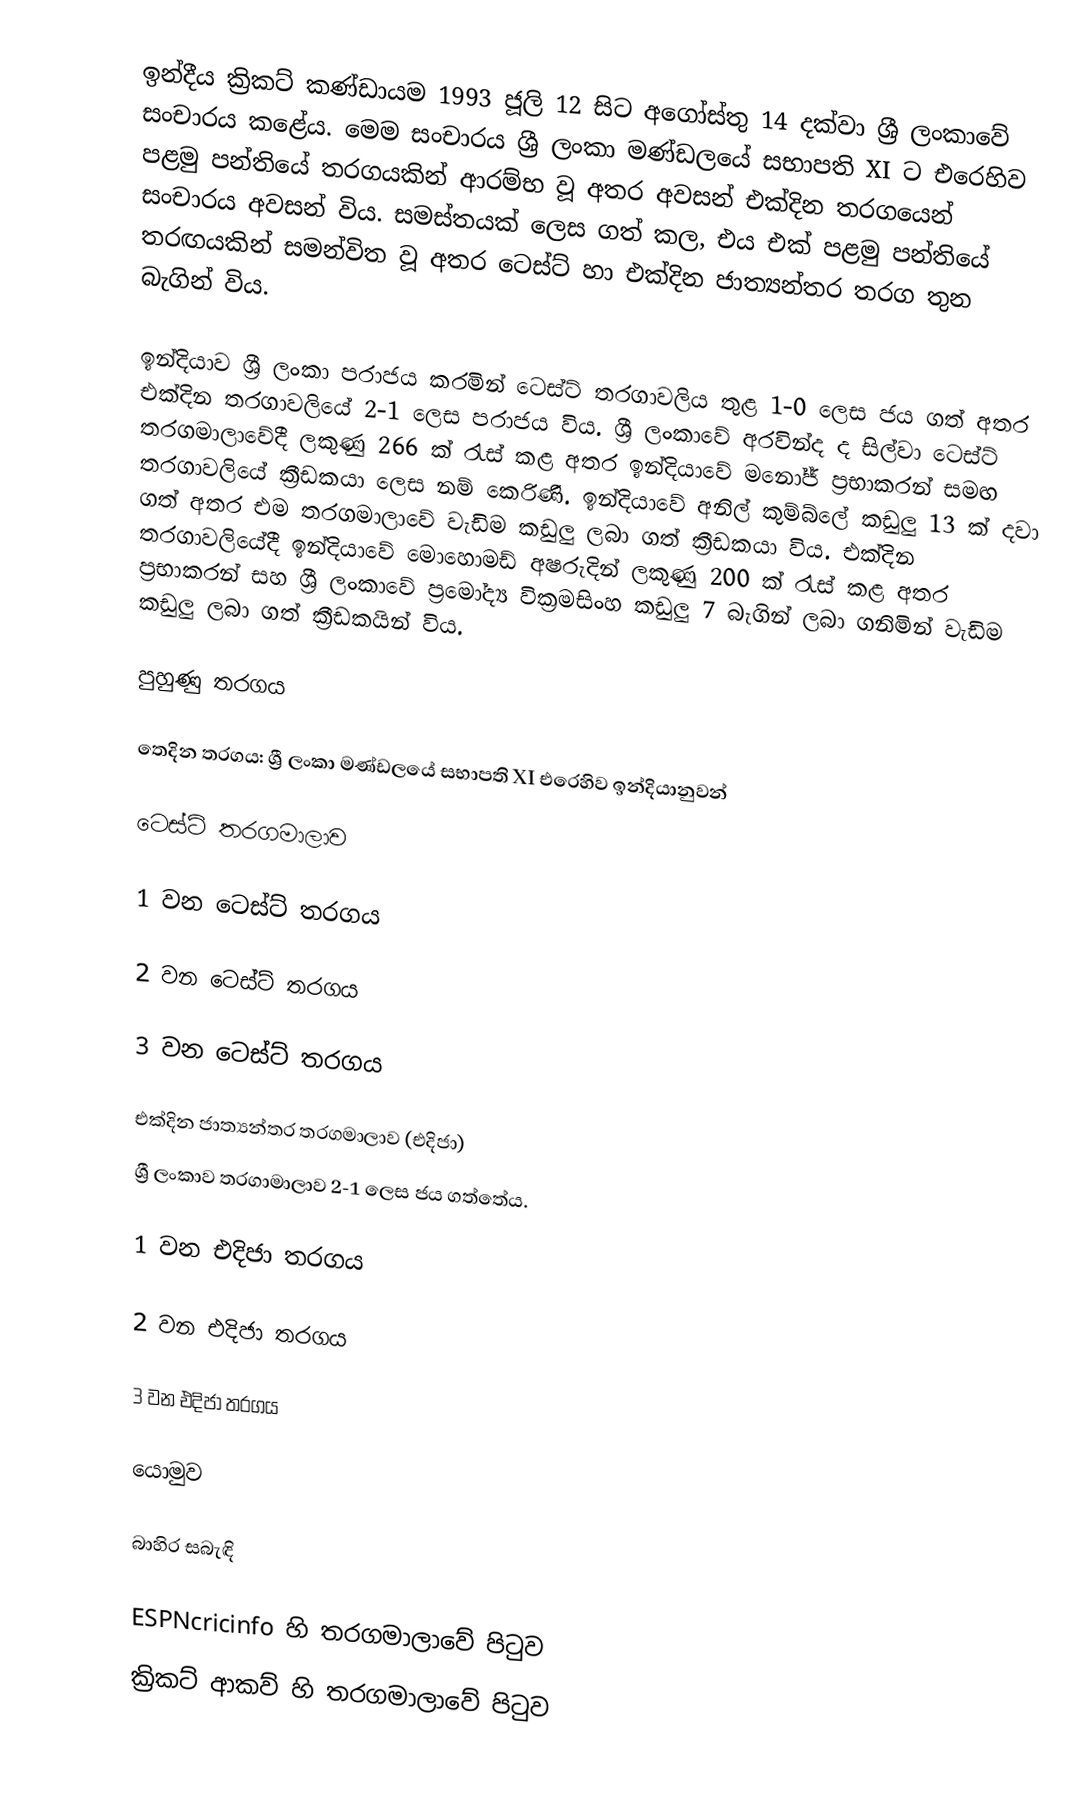
ඉන්දීය ක්‍රිකට් කණ්ඩායම 1993 ජූලි 12 සිට අගෝස්තු 14 දක්වා ශ්‍රී ලංකාවේ සංචාරය කළේය. මෙම සංචාරය ශ්‍රී ලංකා මණ්ඩලයේ සභාපති XI ට එරෙහිව පළමු පන්තියේ තරගයකින් ආරම්භ වූ අතර අවසන් එක්දින තරගයෙන් සංචාරය අවසන් විය. සමස්තයක් ලෙස ගත් කල, එය එක් පළමු පන්තියේ තරඟයකින් සමන්විත වූ අතර ටෙස්ට් හා එක්දින ජාත්‍යන්තර තරග තුන බැගින් විය.

ඉන්දියාව ශ්‍රී ලංකා පරාජය කරමින් ටෙස්ට් තරගාවලිය තුළ 1-0 ලෙස ජය ගත් අතර එක්දින තරගාවලියේ 2-1 ලෙස පරාජය විය. ශ්‍රී ලංකාවේ අරවින්ද ද සිල්වා ටෙස්ට් තරගමාලාවේදී ලකුණු 266 ක් රැස් කළ අතර ඉන්දියාවේ මනෝජ් ප්‍රභාකරන් සමඟ තරගාවලියේ ක්‍රීඩකයා ලෙස නම් කෙරිණි. ඉන්දියාවේ අනිල් කුම්බ්ලේ කඩුලු 13 ක් දවා ගත් අතර එම තරගමාලාවේ වැඩිම කඩුලු ලබා ගත් ක්‍රීඩකයා විය. එක්දින තරගාවලියේදී ඉන්දියාවේ මොහොමඩ් අෂරුදින් ලකුණු 200 ක් රැස් කළ අතර ප්‍රභාකරන් සහ ශ්‍රී ලංකාවේ ප්‍රමෝද්‍ය වික්‍රමසිංහ කඩුලු 7 බැගින් ලබා ගනිමින් වැඩිම කඩුලු ලබා ගත් ක්‍රීඩකයින් විය.

පුහුණු තරගය

තෙදින තරගය: ශ්‍රී ලංකා මණ්ඩලයේ සභාපති XI එරෙහිව ඉන්දියානුවන්

ටෙස්ට් තරගමාලාව

1 වන ටෙස්ට් තරගය

2 වන ටෙස්ට් තරගය

3 වන ටෙස්ට් තරගය

එක්දින ජාත්‍යන්තර තරගමාලාව (එදිජා)
ශ්‍රී ලංකාව තරගාමාලාව 2-1 ලෙස ජය ගත්තේය.

1 වන එදිජා තරගය

2 වන එදිජා තරගය

3 වන එදිජා තරගය

යොමුව

බාහිර සබැඳි

 ESPNcricinfo හි තරගමාලාවේ පිටුව
 ක්‍රිකට් ආකව් හි තරගමාලාවේ පිටුව